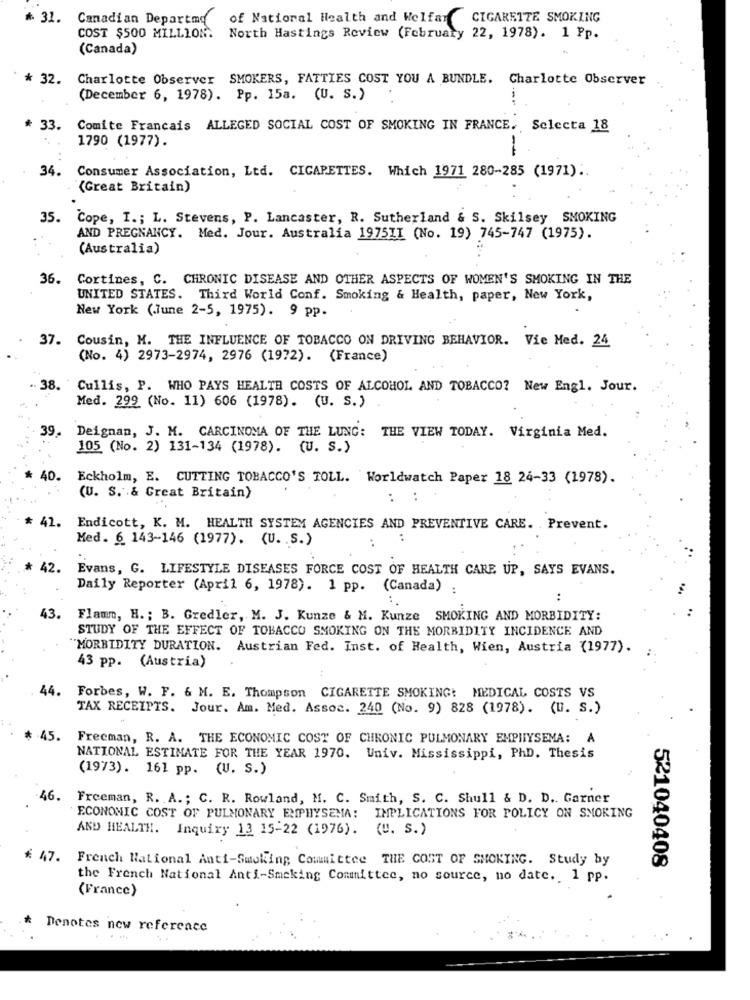
* 31. Canadian Departed
of Natioral Health and Welfar
CIGARETTE SMOKING
COST $500 MILLION.
North Hastings Review (February 22, 1978). 1 Pp.
(Canada)
* 32.
Charlotte Observer SMOKERS, FATTIES COST YOU A BUNDLE. Charlotte Observer
(December 6, 1978). Pp. 15a. (U. S.)
* 33.
Comite Francais ALLEGED SOCIAL COST OF SMOKING IN FRANCE. Selecta 18
1790 (1977).
34. Consumer Association, Ltd. CIGARETTES. Which 1971 280-285 (1971) ..
(Great Britain)
35.
Cope, I .; L. Stevens, P. Lancaster, R. Sutherland & S. Skilsey SMOKING
AND PREGNANCY. Med. Jour. Australia 1975II (No. 19) 745-747 (1975).
(Australia)
36.
Cortines, C. CHRONIC DISEASE AND OTHER ASPECTS OF WOMEN'S SMOKING IN THE
UNITED STATES. Third World Conf. Smoking & Health, paper, New York,
New York (.June 2-5, 1975). 9 pp.
37. Cousin, M. THE INFLUENCE OF TOBACCO ON DRIVING BEHAVIOR. Vie Med. 24
(No. 4) 2973-2974, 2976 (1972). (France)
38. 'Cullis, P. WHO PAYS HEALTH COSTS OF ALCOHOL AND TOBACCO? New Engl. Jour.
Med. 299 (No. 11) 606 (1978). (U. S.)
. Deignan, J. M. CARCINOMA OF THE LUNG: THE VIEW TODAY. Virginia Med.
105 (No. 2) 131-134 (1978). (U. S.)
40. Eckholm, E. CUTTING TOBACCO'S TOLL. Worldwatch Paper 18 24-33 (1978).
(U. S. & Great Britain)
. Endicott, K. M. HEALTH SYSTEM AGENCIES AND PREVENTIVE CARE. . Prevent.
Med. 6 143-146 (1977). (U. S.)
. .
42.
Evans, G. LIFESTYLE DISEASES FORCE COST OF HEALTH CARE UP, SAYS EVANS.
Daily Reporter (April 6, 1978). 1 pp. (Canada) :
..
43. Flamm, H .; B. Gredler, M. J. Kunze & M. Kunze SMOKING AND MORBIDITY:
STUDY OF THE EFFECT OF TOBACCO SMOKING ON THE MORBIDITY INCIDENCE AND
"MORBIDITY DURATION. Austrian Fed. Inst. of Health, Wien, Austria (1977).
43 pp. (Austria)
44. Forbes, W. F. & M. E. Thompson CIGARETTE SMOKING: MEDICAL COSTS VS
TAX RECEIPTS. Jour. Am. Med. Assoc. 240 (No. 9) 828 (1978). (U. S.)
Freeman, R. A. THE ECONOMIC COST OF CHRONIC PULMONARY EMPHYSEMA: A
NATIONAL ESTIMATE FOR THE YEAR 1970. Univ. Mississippi, PhD. Thesis
(1973). 161 pp. (U. S.)
46.
Freeman, R. A .; C. R. Rowland, M. C. Smith, S. C. Shull & D. D .. Garner
ECONOMIC COST OF PULMONARY EMPHYSEMA: IMPLICATIONS FOR POLICY ON SMOKING
AND HEALTH. Inquiry 13 15-22 (1976). (U. S.)
* 47.
French National Anti-Smoking Committee THE COST OF SMOKING. Study by
521040408
the French National Anti-Smoking Committee, no source, no date. 1 pp.
(France)
Denotes new reference